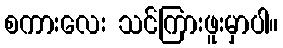
စကားလေး သင်ကြားဖူးမှာပါ။